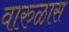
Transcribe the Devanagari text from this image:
वारुळास